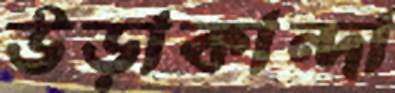
উড়াকান্দা